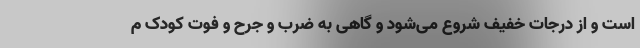
است و از درجات خفیف شروع می‌شود و گاهی به ضرب‌ و جرح و فوت کودک م